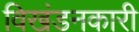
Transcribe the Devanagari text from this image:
विखंडनकारी